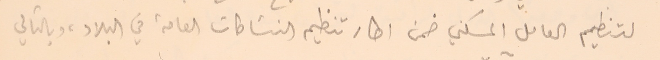
لتنظيم العامل السكني ضمن اطار تنظيم النشاطات العامة في البلاد، وبالتالي